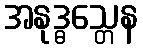
အနုဒ္ဓသ္တေန